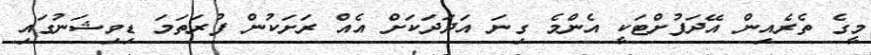
މީގެ ތެރެއިން އޭދަފުށްޓަކީ އެންމެ ގިނަ އަދަދަކަށް އެއް ރަށަކުން ފުރަތަމަ ޑިވިޝަނުގައި